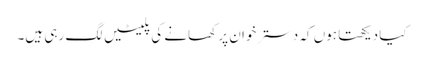
کیا دیکھتا ہوں کہ دسترخوان پر کھانے کی پلیٹیں لگ رہی ہیں۔